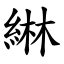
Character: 綝